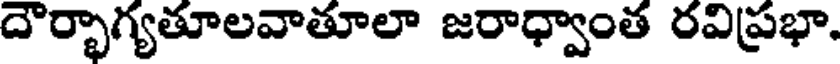
దౌర్భాగ్యతూలవాతూలా జరాధ్వాంత రవిప్రభా,